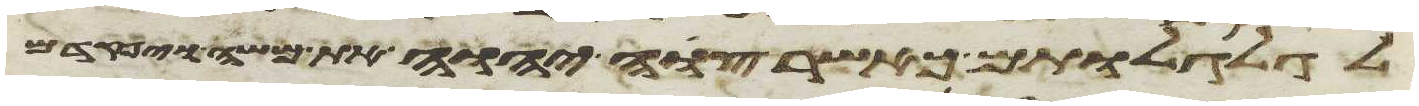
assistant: לגלגלותם כאשר צוה יהוה את משה ויפקדם